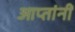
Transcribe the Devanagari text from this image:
आप्तांनीं